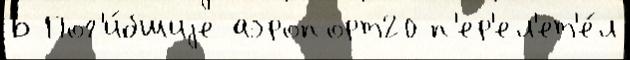
Б Пог'и́бшиjе аэропорт20 п'ер'ел'ет'е́л